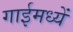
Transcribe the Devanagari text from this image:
गाईमध्यें